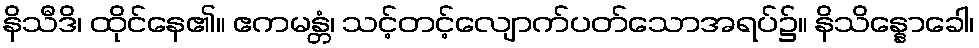
နိသီဒိ၊ ထိုင်နေ၏။ ဧကမန္တံ၊ သင့်တင့်လျောက်ပတ်သောအရပ်၌။ နိသိန္နောခေါ၊